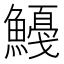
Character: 𱆿